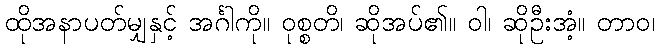
ထိုအနာပတ်မျှနှင့် အင်္ဂါကို။ ဝုစ္စတိ၊ ဆိုအပ်၏။ ဝါ၊ ဆိုဦးအံ့။ တာဝ၊